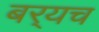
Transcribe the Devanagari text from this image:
बर्‍यच